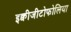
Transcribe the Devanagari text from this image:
इक्वीजीटोफोलिया